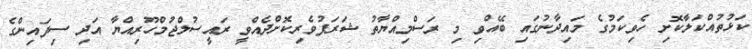
ކަޅުތުއްކަލާކޮށި ހެވިކަމުގެ މައިދާނުގައި ބޭއްވި މި ރަސްމިއްޔާތު ޝަރަފުވެރިކޮށްދެއްވީ ރައީސުލްޖުމްހޫރިއްޔާ އަދި ސިފައިންގެ